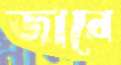
জারে